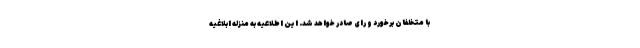
با متخلفان برخورد و رای صادر خواهد شد. این اطلاعیه به منزله ابلاغیه